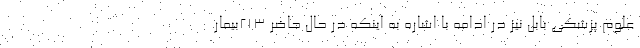
علوم پزشکی بابل نیز در ادامه با اشاره به اینکه در حال حاضر ۲۱۳بیمار